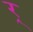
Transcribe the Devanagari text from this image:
र्‍